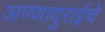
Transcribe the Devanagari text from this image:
अण्णादुराईचे